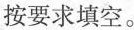
按要求填空。